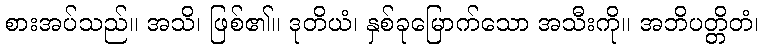
စားအပ်သည်။ အသိ၊ ဖြစ်၏။ ဒုတိယံ၊ နှစ်ခုမြောက်သော အသီးကို။ အဘိပတ္တိတံ၊